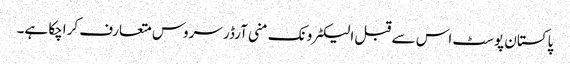
پاکستان پوسٹ اس سے قبل الیکٹرونک منی آرڈر سروس متعارف کراچکا ہے۔